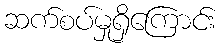
ဆက်စပ်မှုရှိကြောင်း